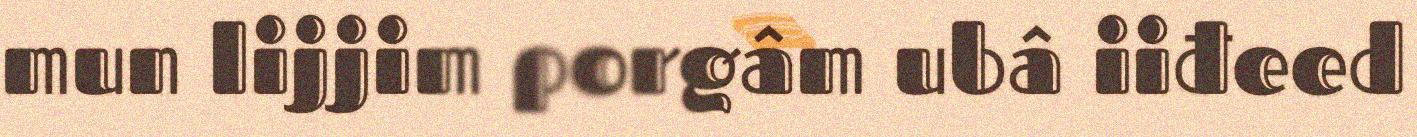
mun lijjim porgâm ubâ iiđeed